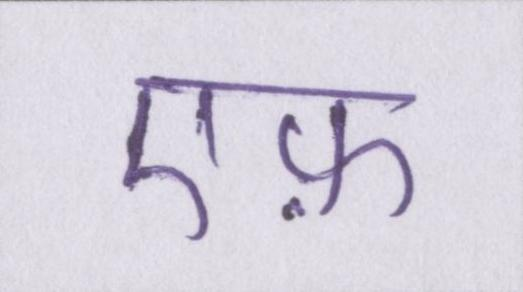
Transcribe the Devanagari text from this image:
एफ़